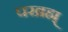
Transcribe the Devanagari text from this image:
परब्रह्म्